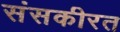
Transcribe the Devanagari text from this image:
संसकीरत